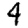
Digit: 4